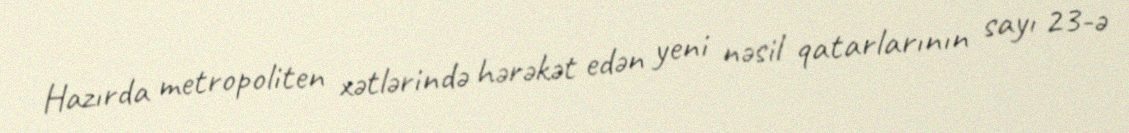
Hazırda metropoliten xətlərində hərəkət edən yeni nəsil qatarlarının sayı 23-ə